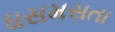
ધસમસતા